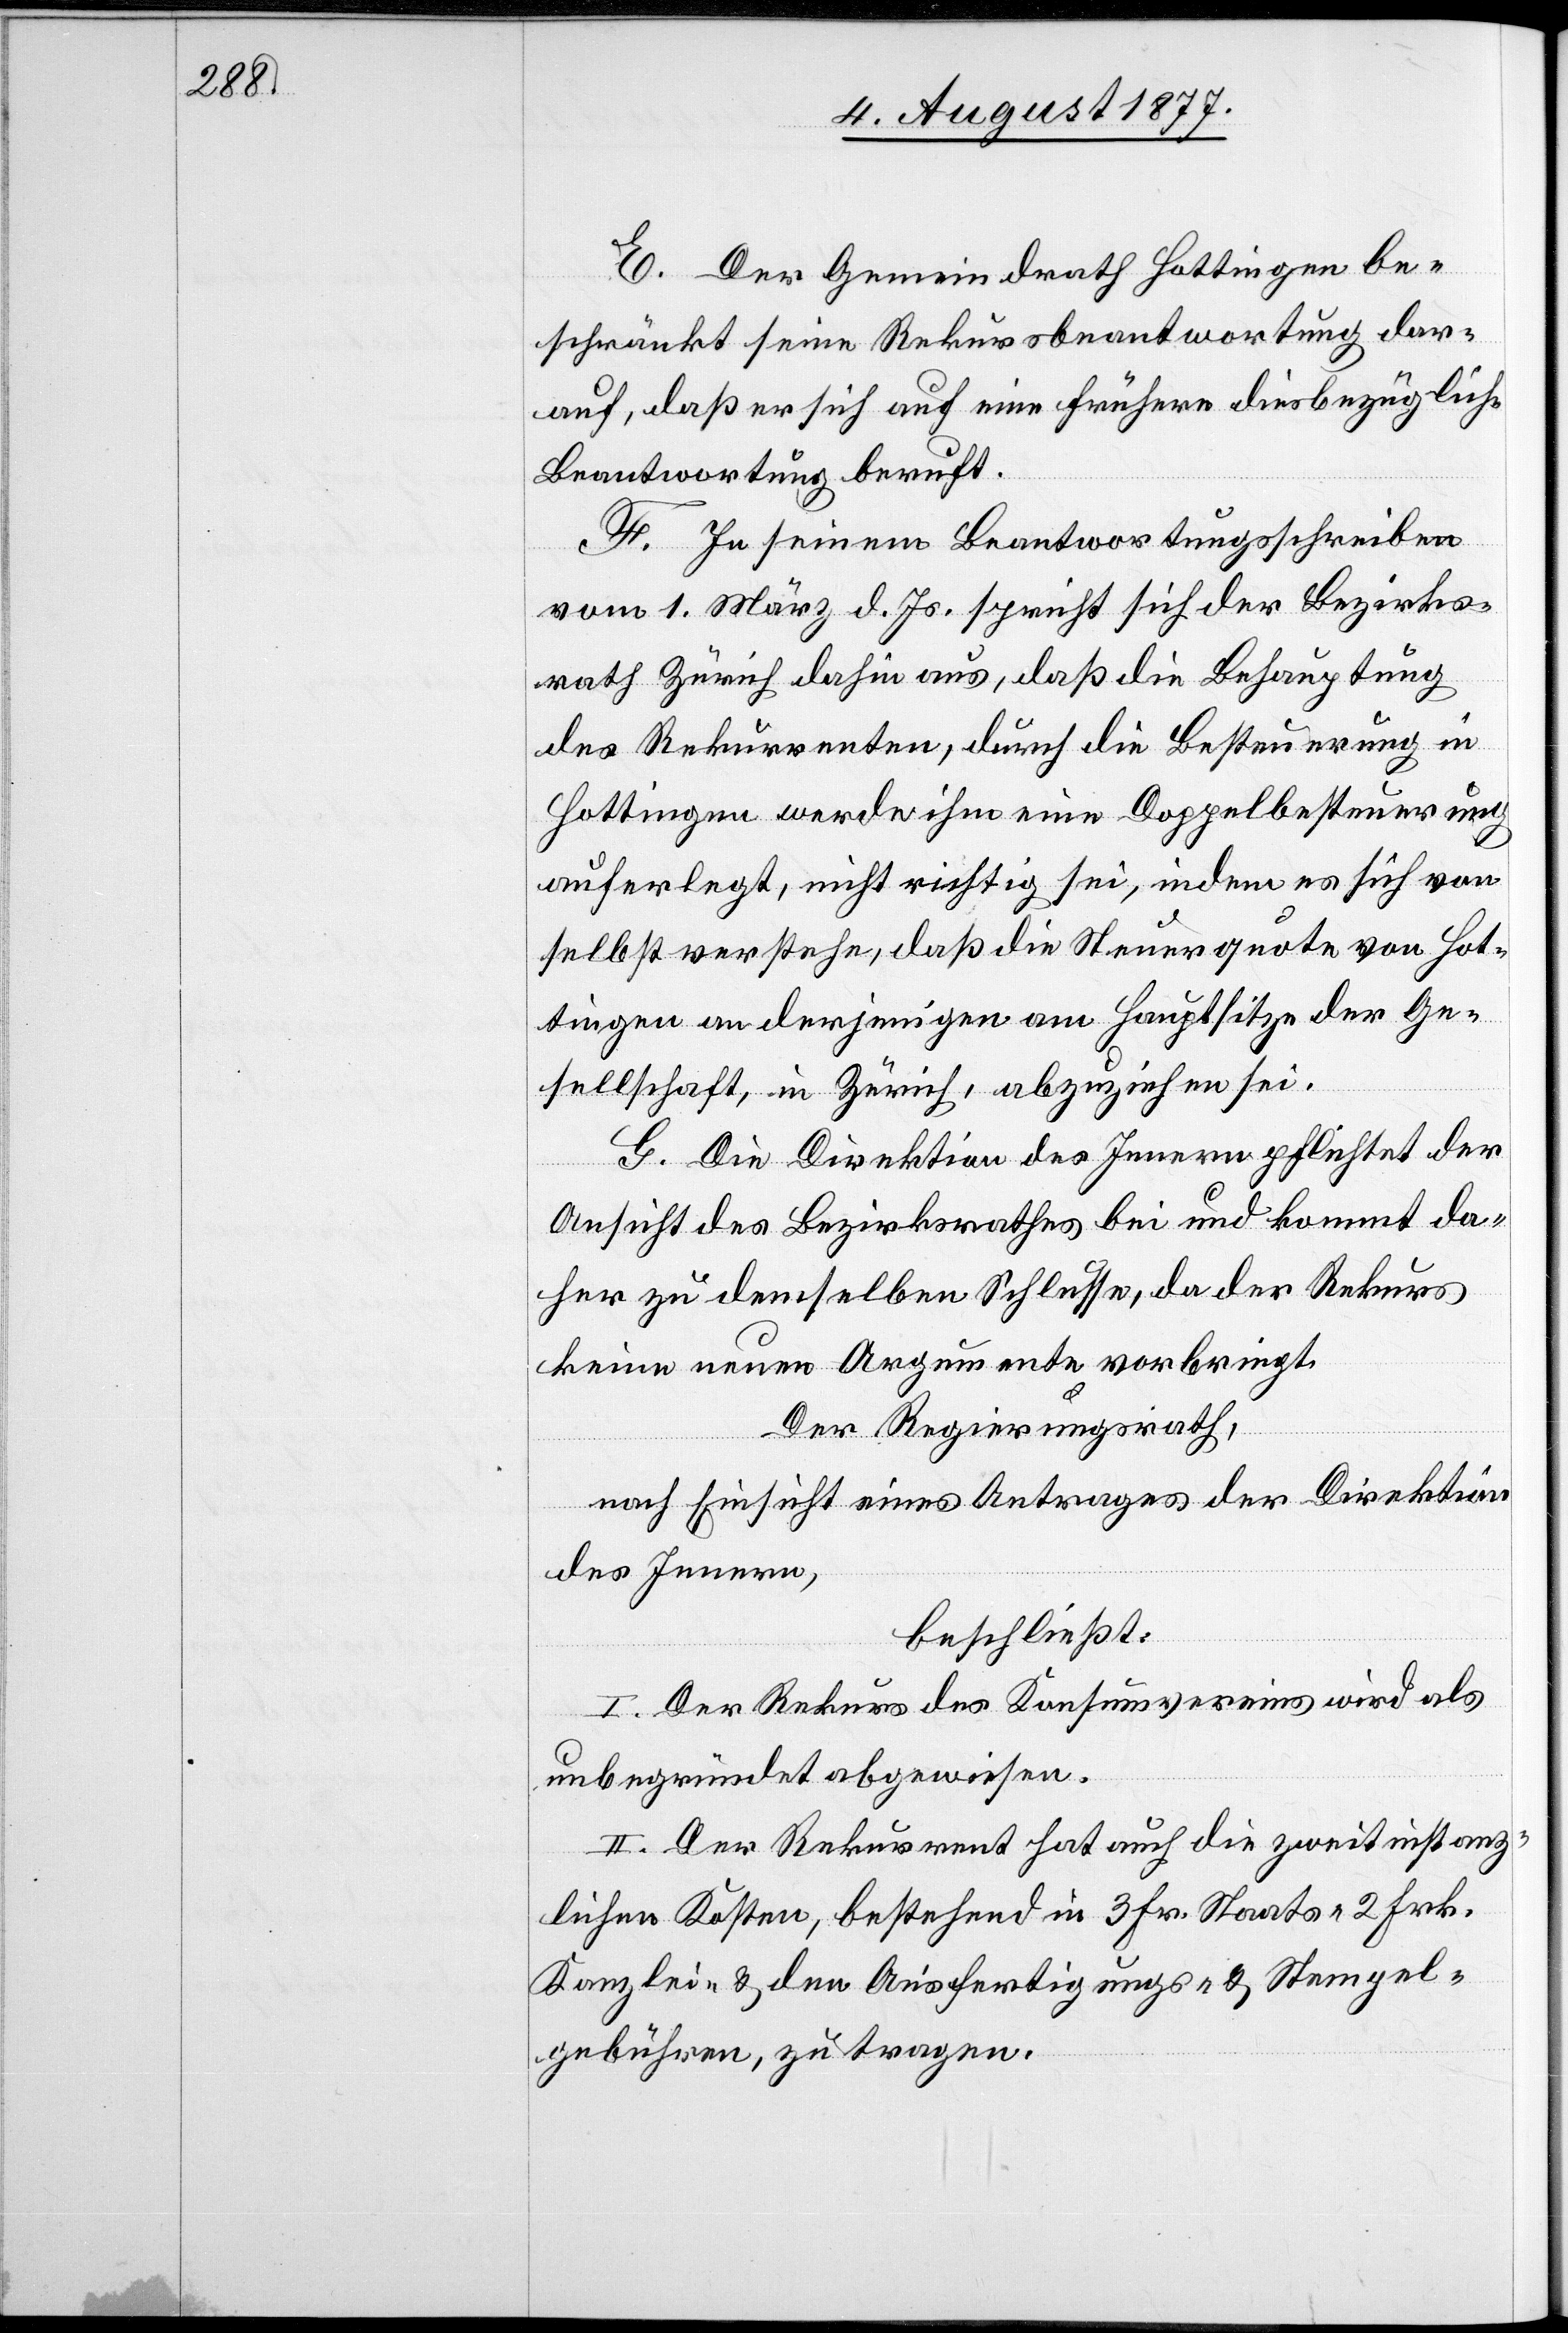
E. Der Gemeindrath Hottingen be¬
schränkt seine Rekursbeantwortung dar¬
auf, daß er sich auf eine frühere diesbezügliche
Beantwortung beruft.
F. In seinem Beantwortungsschreiben
vom 1. März d. Js. spricht sich der Bezirks¬
rath Zürich dahin aus, daß die Behauptung
des Rekurrenten, durch die Besteuerung in
Hottingen werde ihm eine Doppelbesteuerung
auferlegt, nicht richtig sei, indem es sich von
selbst verstehe, daß die Steuerquote von Hot¬
tingen an derjenigen am Hauptsitze der Ge¬
sellschaft, in Zürich, abzuziehen sei.
G. Die Direktion des Innern pflichtet der
Ansicht des Bezirksrathes bei und kommt da¬
her zu demselben Schlusse, da der Rekurs
keine neuen Argumente vorbringt.
Der Regierungsrath,
nach Einsicht eines Antrages der Direktion
des Innern,
beschließt:
I. Der Rekurs des Konsumvereins wird als
unbegründet abgewiesen.
II. Der Rekurrent hat auch die zweitinstanz¬
lichen Kosten, bestehend in 3 Fr. Staats-[,] 2 Frk.
Kanzlei- & den Ausfertigungs- & Stempel¬
gebühren, zu tragen.